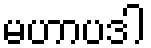
မဟာပဒါ